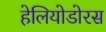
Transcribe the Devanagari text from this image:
हेलियोडोरस